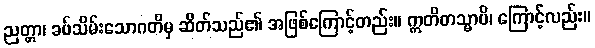
ညတ္တာ၊ ခပ်သိမ်းသောဂတိမှ ဆိတ်သည်၏ အဖြစ်ကြောင့်တည်း။ ဣတိတသ္မာပိ၊ ကြောင့်လည်း။